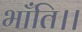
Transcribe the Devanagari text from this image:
भाँति।।